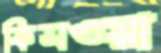
কিসওয়া